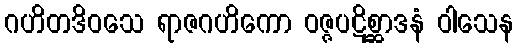
ဂဟိတဒိဝသေ ရာဇဂဟိကော ဝဇ္ဇပဋိစ္ဆာဒနံ ဝါသေန